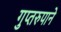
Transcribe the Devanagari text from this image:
गुप्तरुपाने